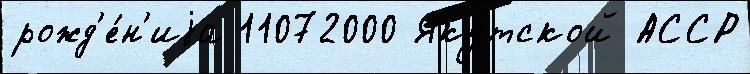
рожд'е́н'иjа 11072000 Яку́тской АССР